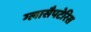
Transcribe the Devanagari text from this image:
ग्लासैपटेरिस